Civil Veterinary Dept. Bombay admin report 1907-1913 - 1907-1913
Year: 1907
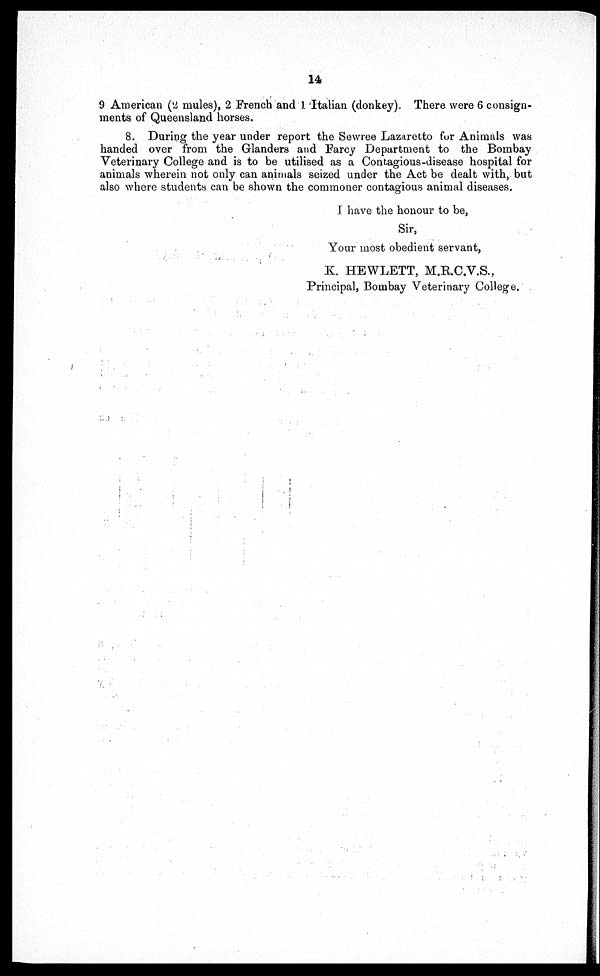
14
9 American (2 mules), 2 French and 1 Italian (donkey). There were 6 consign-
ments of Queensland horses.
8. During the year under report the Sewree Lazaretto for Animals was
handed over from the Glanders and Farcy Department to the Bombay
Veterinary College and is to be utilised as a Contagious-disease hospital for
animals wherein not only can animals seized under the Act be dealt with, but
also where students can be shown the commoner contagious animal diseases.
I have the honour to be,
Sir,
Your most obedient servant,
K. HEWLETT, M.R.C.V.S.,
Principal, Bombay Veterinary College.